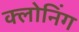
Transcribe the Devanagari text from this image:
क्‍लोनिंग